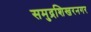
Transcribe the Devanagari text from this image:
समुद्रशिखरनगर